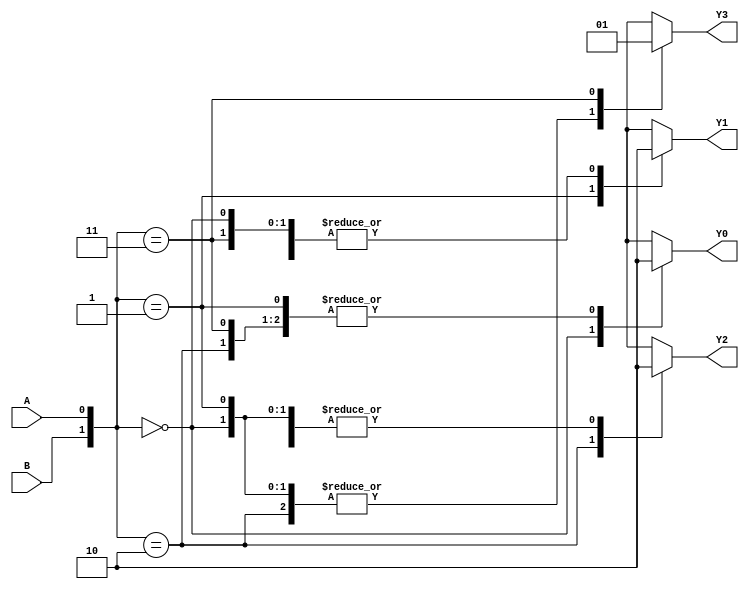
`timescale 1ns / 1ps
//////////////////////////////////////////////////////////////////////////////////
// Company: 
// Engineer: 
// 
// Design Name: 
// Module Name: decoder
// Project Name: 
// Target Devices: 
// Tool Versions: 
// Description: 
// 
// Dependencies: 
// 
// Revision:
// Revision 0.01 - File Created
// Additional Comments:
// 
//////////////////////////////////////////////////////////////////////////////////


module decoder(
    input A,
    input B,
    output reg Y0,
    output reg Y1,
    output reg Y2,
    output reg Y3
    );
 
/* wire A_bar, B_bar; 
 
 not n1(A_bar, A);
 not n2(B_bar, B); 
 
 and a1(Y0, A_bar, B_bar);
 and a2(Y1, A, B_bar); 
 and a4(Y3, A, B);
 and a3(Y2, A_bar, B);*/
 
  always@(A, B)
    begin 
       case({B,A})
        2'b00: 
            begin
                Y0<=1;
                Y1<=0;
                Y2<=0;
                Y3<=0;
            end 
        
        2'b01:
            begin
                Y0<=0;
                Y1<=1;
                Y2<=0;
                Y3<=0;
            end   
        
        2'b10:
            begin
                Y0<=0;
                Y1<=0;
                Y2<=1;
                Y3<=0;
            end          
        
        2'b11:
            begin
                Y0<=0;
                Y1<=0;
                Y2<=0;
                Y3<=1;
            end  
       endcase 
    end 
endmodule